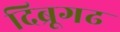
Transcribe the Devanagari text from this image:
दिब्रूगढ